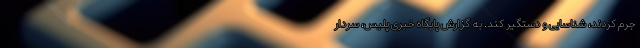
جرم کردند، ‌شناسایی و دستگیر کند. به گزارش پایگاه خبری پلیس، سردار